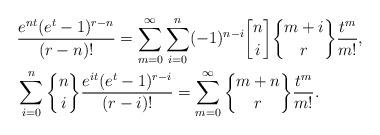
LaTeX: \begin{align*}&\frac{e^{nt}(e^{t}-1)^{r-n}}{(r-n)!} = \sum_{m=0}^{\infty}\sum_{i=0}^{n}(-1)^{n-i}{n \brack i}{m+i \brace r}\frac{t^{m}}{m!}, \\& \sum_{i=0}^{n}{n \brace i}\frac{e^{it}(e^{t}-1)^{r-i}}{(r-i)!}=\sum_{m=0}^{\infty}{m+n \brace r}\frac{t^{m}}{m!}. \end{align*}